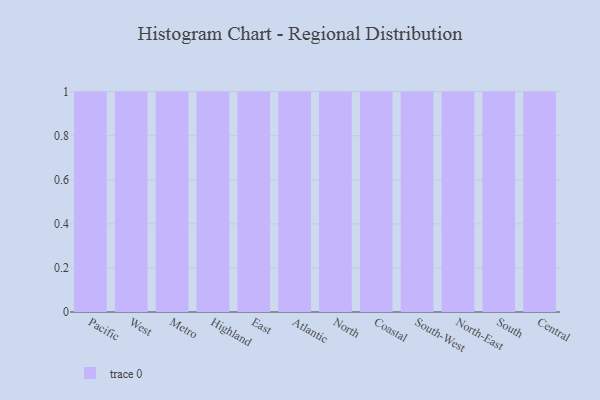
{"axis": {"x": "Region", "y": "Budget (USD K)"}, "legend": [""], "data": [{"x": "Pacific", "y": 84, "type": ""}, {"x": "West", "y": 35, "type": ""}, {"x": "Metro", "y": 90, "type": ""}, {"x": "Highland", "y": 10, "type": ""}, {"x": "East", "y": 53, "type": ""}, {"x": "Atlantic", "y": 55, "type": ""}, {"x": "North", "y": 60, "type": ""}, {"x": "Coastal", "y": 34, "type": ""}, {"x": "South-West", "y": 94, "type": ""}, {"x": "North-East", "y": 87, "type": ""}, {"x": "South", "y": 77, "type": ""}, {"x": "Central", "y": 77, "type": ""}]}